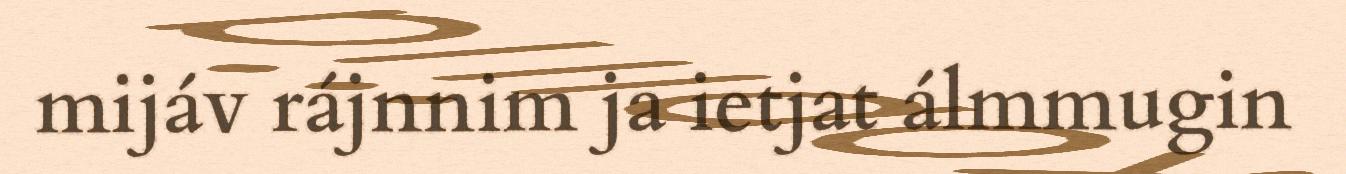
mijáv rájnnim ja ietjat álmmugin